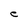
Character: e